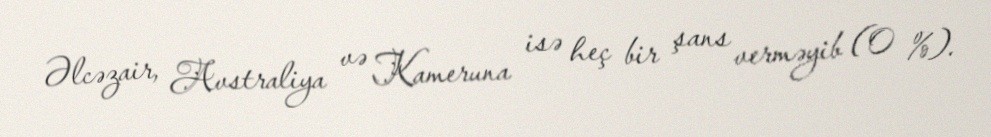
Əlcəzair, Avstraliya və Kameruna isə heç bir şans verməyib (0 %).